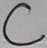
Text: C